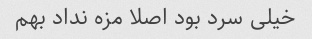
خیلی سرد بود اصلا مزه نداد بهم